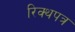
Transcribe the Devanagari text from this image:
रिक्थपत्र